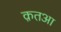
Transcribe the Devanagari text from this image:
क़तआ